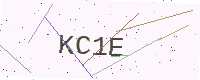
Text: KC1E